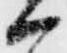
ハ